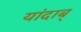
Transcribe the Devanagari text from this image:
यांदाब्